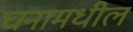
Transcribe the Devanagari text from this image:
घनामधील